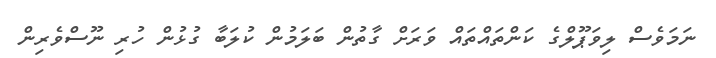
ނަމަވެސް ލިވަޕޫލްގެ ކަންތައްތައް ވަރަށް ގާތުން ބަލަމުން ކުލަބާ ގުޅުން ހުރި ނޫސްވެރިން